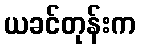
ယခင်တုန်းက